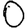
Digit: 0